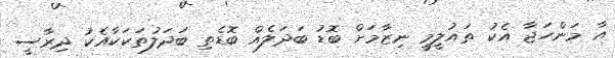
އާ މަންހަޖާ އެކު ތައުލީމީ ނިޒާމަށް ބޮޑު ބަދަލެއް ބޮޑެތި ބަދަލުތަކަކާއެކު ދިރާސީ